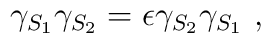
\gamma_{S_1}\gamma_{S_2} = \epsilon \gamma_{S_2}\gamma_{S_1}~,